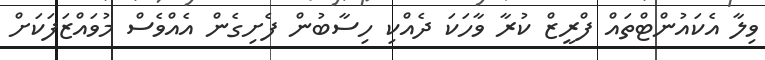
ވިލާ އެކައުންޓްތައް ފްރީޒް ކުރާ ވާހަކަ ދެއްކި ހިސާބުން ފެށިގެން އެއްވެސް މުވައްޒަފަކަށް